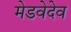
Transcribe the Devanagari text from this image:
मेडवेदेव